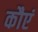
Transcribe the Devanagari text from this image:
कौएं